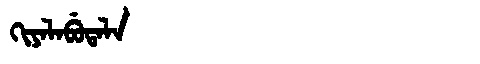
Manchu: ᡴᡳᠶᠠᠯᠠᠪᡠᡨᠠᠯᠠ
Romanization: KIYALABUTALA